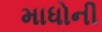
માધોની